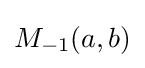
M_{-1}(a,b)